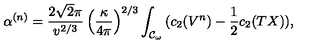
\alpha ^ { ( n ) } = \frac { 2 \sqrt { 2 } \pi } { v ^ { 2 / 3 } } \left( \frac { \kappa } { 4 \pi } \right) ^ { 2 / 3 } \int _ { { \cal { C } } _ { \omega } } { ( c _ { 2 } ( V ^ { n } ) - \frac { 1 } { 2 } c _ { 2 } ( T X ) ) } ,